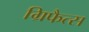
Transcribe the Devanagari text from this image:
ग्रिफैत्स